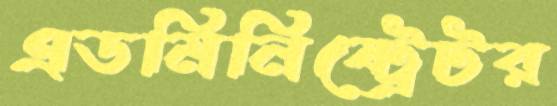
এডমিনিষ্ট্রেটর